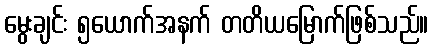
မွေးချင်း ၅ယောက်အနက် တတိယမြောက်ဖြစ်သည်။